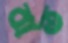
বাত